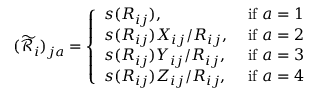
( \widetilde { \mathcal { R } } _ { i } ) _ { j a } = \left\{ \begin{array} { l l } { s ( R _ { i j } ) , } & { \mathrm { ~ i f ~ } a = 1 } \\ { s ( R _ { i j } ) X _ { i j } / R _ { i j } , } & { \mathrm { ~ i f ~ } a = 2 } \\ { s ( R _ { i j } ) Y _ { i j } / R _ { i j } , } & { \mathrm { ~ i f ~ } a = 3 } \\ { s ( R _ { i j } ) Z _ { i j } / R _ { i j } , } & { \mathrm { ~ i f ~ } a = 4 } \end{array} \right.